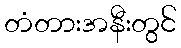
တံတားအနီးတွင်